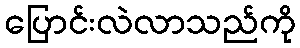
ပြောင်းလဲလာသည်ကို